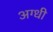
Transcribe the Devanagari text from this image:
अग्धी